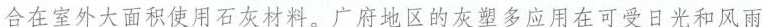
合在室外大面积使用石灰材料。广府地区的灰塑多应用在可受日光和风雨